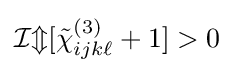
{\mathcal {Im}}[{\tilde {\chi }}_{ijk\ell }^{(3)}+1]>0